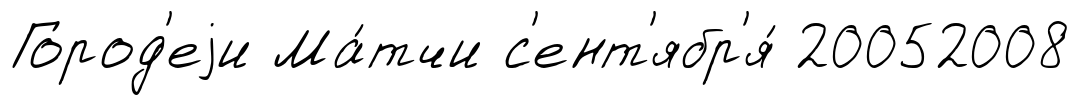
Город'еjи Ма́тчи с'ент'ябр'я́ 20052008